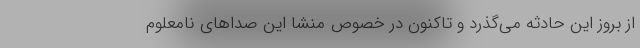
از بروز این حادثه می‌گذرد و تاکنون در خصوص منشا این صداهای نامعلوم